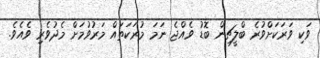
ވަކި ވަރަކަށްވުރެ ބްލީޗިން ބޮޑު ވެއްޖެ ނަމަ މުރަކަތައް މަރުވުމަށް މެދުވެރި ވެއެވެ.